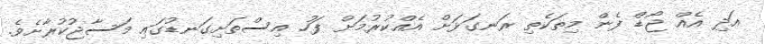
އަދި އެއް ޖޯޑް ފެން މިތަކެތި ރަނގަޅަށް އެއްކުރުމަށް ފަހު އިސްތަށިގަނޑުގައި މަސާޖުކުރާށެވެ.